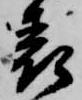
表